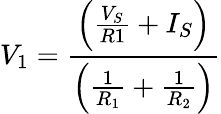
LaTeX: V_{1}={\frac{\left({\frac{V_{S}}{R1}}+I_{S}\right)}{\left({\frac{1}{R_{1}}}+{\frac{1}{R_{2}}}\right)}}